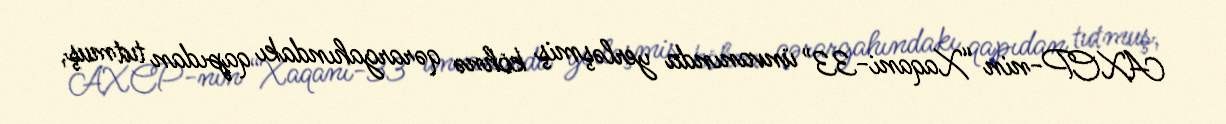
AXCP-nin “Xaqani-33" ünvanında yerləşmiş köhnə qərargahındakı qapıdan tutmuş,